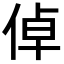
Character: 倬